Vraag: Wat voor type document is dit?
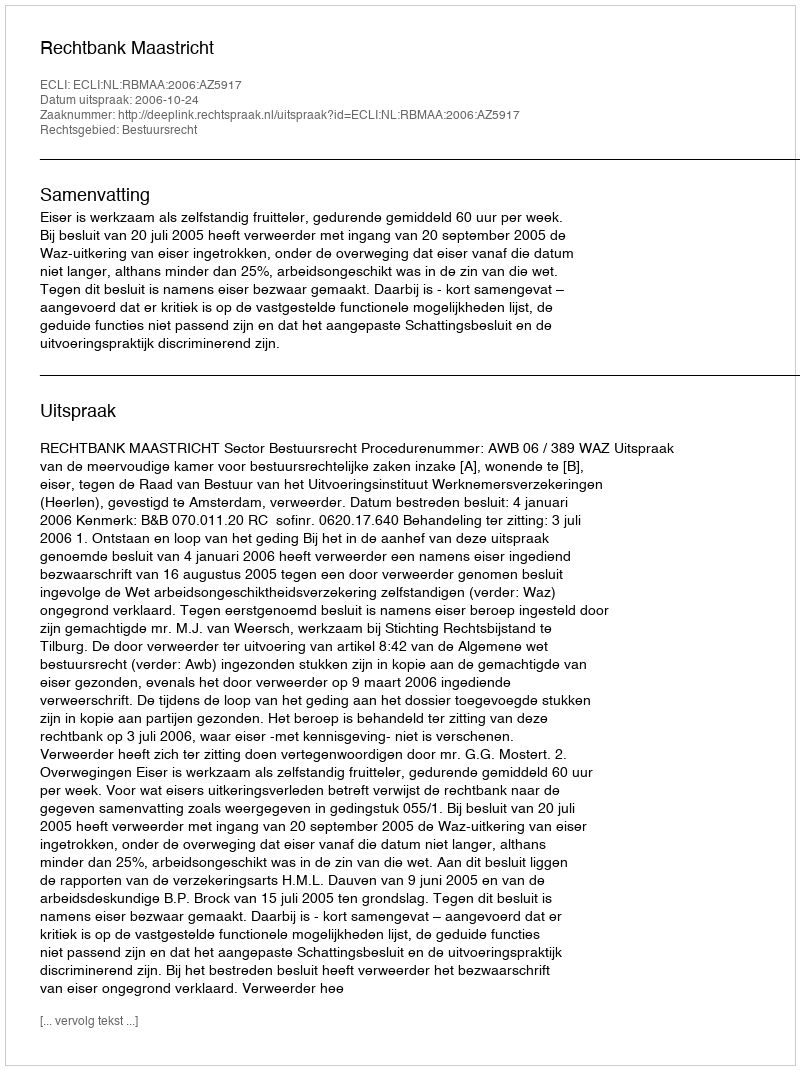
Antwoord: Uitspraak